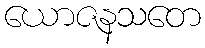
ယောဇနသတေ